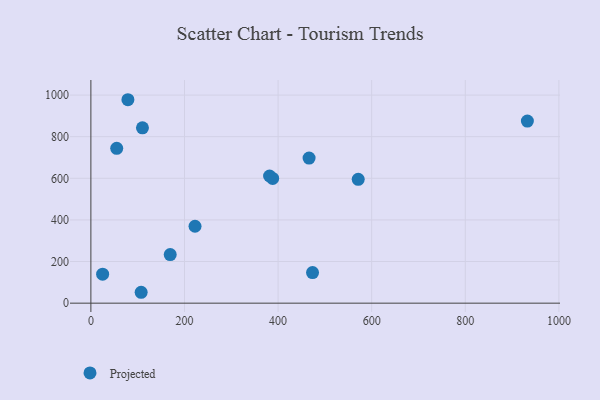
{"axis": {"x": "Ad Spend", "y": "Sales"}, "legend": ["Projected"], "data": [{"x": "169.5", "y": 233.5, "type": "Projected"}, {"x": "25.1", "y": 139.1, "type": "Projected"}, {"x": "466.2", "y": 697.1, "type": "Projected"}, {"x": "79.1", "y": 977.7, "type": "Projected"}, {"x": "222.5", "y": 369.6, "type": "Projected"}, {"x": "571.2", "y": 595.3, "type": "Projected"}, {"x": "932.6", "y": 875.1, "type": "Projected"}, {"x": "55.2", "y": 744.0, "type": "Projected"}, {"x": "388.4", "y": 599.3, "type": "Projected"}, {"x": "110.2", "y": 842.5, "type": "Projected"}, {"x": "381.8", "y": 611.2, "type": "Projected"}, {"x": "107.4", "y": 52.3, "type": "Projected"}, {"x": "473.6", "y": 147.1, "type": "Projected"}]}